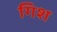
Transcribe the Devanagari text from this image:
गिश